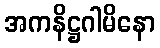
အကနိဋ္ဌဂါမိနော